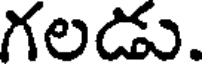
గలడు.